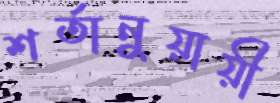
শর্তানুয়ায়ী